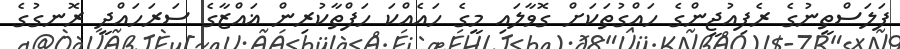
ފަލަސްތީނުގެ ރެފިއުޖީންގެ ހައްގުތަކަށް ގޮވާލައި މީގެ ހައެއްކަ ހަފްތާކުރިން ޣައްޒާގެ ސަރަހައްދީ ރޮނގުގެ